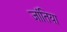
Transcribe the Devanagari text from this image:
जांतिया